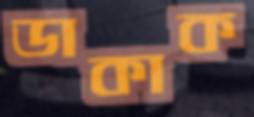
ডাকাক